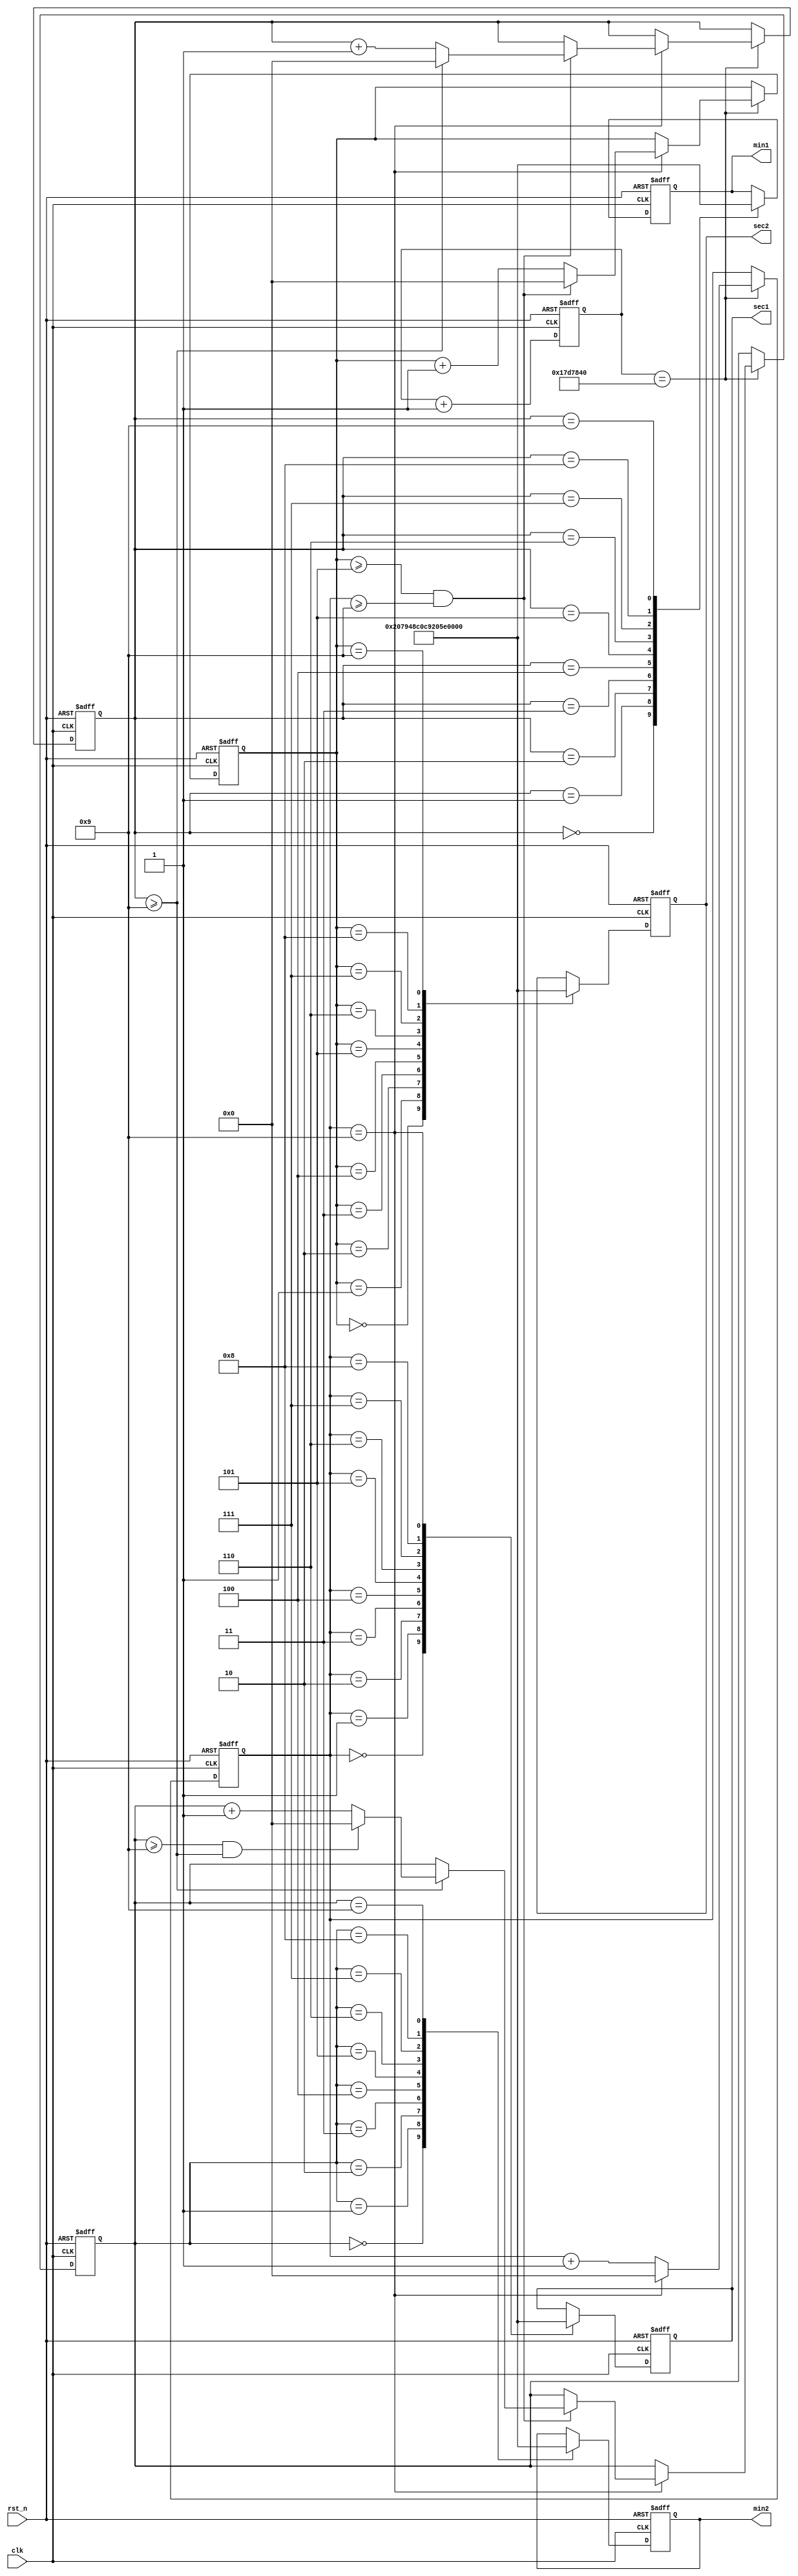
module contadorminsec (

input clk,
input rst_n, 
output reg [6:0] min1,
output reg [6:0] min2,
output reg [6:0] sec1,
output reg [6:0] sec2

);

reg [24:0] count;
reg [3:0] c_sec1;
reg [3:0] c_sec2;
reg [3:0] c_min1;
reg [3:0] c_min2;

always @ (posedge clk or negedge rst_n)
begin 
	
	if (!rst_n) begin
		sec1 <= 7'b1000000;
		sec2 <= 7'b1000000;
		min1 <= 7'b1000000;
		min2 <= 7'b1000000;
		count <= 25'd0;
		c_sec1 <= 4'd0;
		c_sec2 <= 4'd0;
		c_min1 <= 4'd0;
		c_min2 <= 4'd0;
	end
	else begin
		count <= count + 25'b1;
		
		
		if (count == 25'd25000000) begin
			c_sec1 <= c_sec1 + 4'd1;
			
			if (c_sec1 == 4'd9) begin
				
				c_sec1 <= 4'd0;
				c_sec2 <= c_sec2 +  4'd1;
				
				if (c_sec2 >= 4'd5 && c_sec1 >= 4'd9) begin
					c_sec2 <= 4'd0;
					c_sec1 <= 4'd0;
					c_min1 <= c_min1 + 4'd1;
					
					if(c_min1 >= 4'd9) begin
						c_min2 <= c_min2 + 4'd1;
						c_sec2 <= 4'd0;
						c_sec1 <= 4'd0;
						c_min1 <= 4'd0;
						
						if (c_min2 >= 4'd9 && c_min1 >= 4'd9) begin
							c_sec2 <= 4'd0;
							c_sec1 <= 4'd0;
							c_min1 <= 4'd0;
							c_min2 <= 4'd0;
						end
					end
				end
			end
				
		end
	
	
		case (c_sec1)
		
			4'b0000 : sec1 <= 7'b1000000; // 0
			4'b0001 : sec1 <= 7'b1111001; // 1
			4'b0010 : sec1 <= 7'b0100100; // 2
			4'b0011 : sec1 <= 7'b0110000; // 3 0110000
			4'b0100 : sec1 <= 7'b0011001; // 4 0011001
			4'b0101 : sec1 <= 7'b0010010; // 5 0010010
			4'b0110 : sec1 <= 7'b0000010; // 6 0000010
			4'b0111 : sec1 <= 7'b1111000; // 7 1111000
			4'b1000 : sec1 <= 7'b0000000; // 8 0000000
			4'b1001 : sec1 <= 7'b0011000; // 9 0011000
		endcase 
	
		case (c_sec2)
		
			4'b0000 : sec2 <= 7'b1000000; // 0
			4'b0001 : sec2 <= 7'b1111001; // 1
			4'b0010 : sec2 <= 7'b0100100; // 2
			4'b0011 : sec2 <= 7'b0110000; // 3 0110000
			4'b0100 : sec2 <= 7'b0011001; // 4 0011001
			4'b0101 : sec2 <= 7'b0010010; // 5 0010010
			4'b0110 : sec2 <= 7'b0000010; // 6 0000010
			4'b0111 : sec2 <= 7'b1111000; // 7 1111000
			4'b1000 : sec2 <= 7'b0000000; // 8 0000000
			4'b1001 : sec2 <= 7'b0011000; // 9 0011000
		endcase
	
		case (c_min1)
		
			4'b0000 : min1 <= 7'b1000000; // 0
			4'b0001 : min1 <= 7'b1111001; // 1
			4'b0010 : min1 <= 7'b0100100; // 2
			4'b0011 : min1 <= 7'b0110000; // 3 0110000
			4'b0100 : min1 <= 7'b0011001; // 4 0011001
			4'b0101 : min1 <= 7'b0010010; // 5 0010010
			4'b0110 : min1 <= 7'b0000010; // 6 0000010
			4'b0111 : min1 <= 7'b1111000; // 7 1111000
			4'b1000 : min1 <= 7'b0000000; // 8 0000000
			4'b1001 : min1 <= 7'b0011000; // 9 0011000
		endcase
		case (c_min2)
		
			4'b0000 : min2 <= 7'b1000000; // 0
			4'b0001 : min2 <= 7'b1111001; // 1
			4'b0010 : min2 <= 7'b0100100; // 2
			4'b0011 : min2 <= 7'b0110000; // 3 0110000
			4'b0100 : min2 <= 7'b0011001; // 4 0011001
			4'b0101 : min2 <= 7'b0010010; // 5 0010010
			4'b0110 : min2 <= 7'b0000010; // 6 0000010
			4'b0111 : min2 <= 7'b1111000; // 7 1111000
			4'b1000 : min2 <= 7'b0000000; // 8 0000000
			4'b1001 : min2 <= 7'b0011000; // 9 0011000
		endcase
	end	

end 

//assign saida;

endmodule